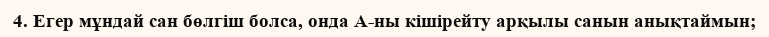
4. Егер мұндай сан бөлгіш болса, онда А-ны кішірейту арқылы санын анықтаймын;